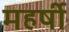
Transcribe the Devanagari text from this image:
महर्षी